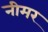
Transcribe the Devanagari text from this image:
नीमर